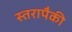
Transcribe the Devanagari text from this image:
स्तरापैकी